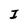
Character: I